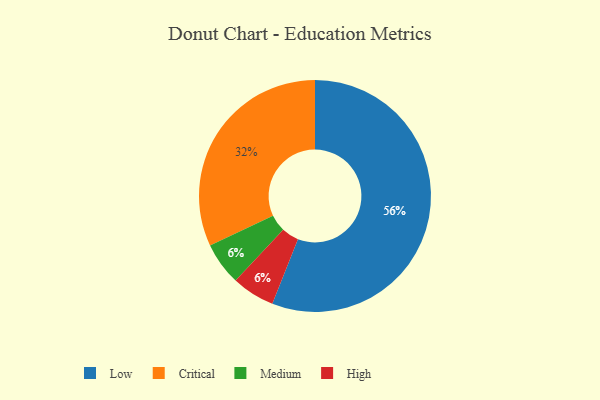
{"axis": {"x": "Category", "y": "Percentage"}, "legend": ["Critical", "High", "Low", "Medium"], "data": [{"x": "Medium", "y": 6, "type": "Medium"}, {"x": "Low", "y": 56, "type": "Low"}, {"x": "High", "y": 6, "type": "High"}, {"x": "Critical", "y": 32, "type": "Critical"}]}